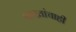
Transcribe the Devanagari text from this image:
शाखांचाही